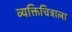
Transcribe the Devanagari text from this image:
व्यक्तिचित्राला